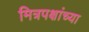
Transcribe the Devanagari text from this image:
मित्रपक्षांच्या